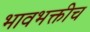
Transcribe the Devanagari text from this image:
भावभक्तीच